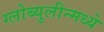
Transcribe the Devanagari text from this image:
ग्लोब्युलीन्मध्ये